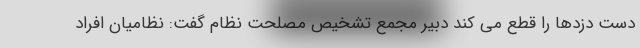
دست دزدها ‌را قطع می کند دبیر مجمع تشخیص مصلحت نظام گفت: نظامیان افراد